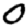
Digit: 0